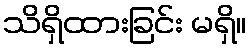
သိရှိထားခြင်း မရှိ။